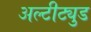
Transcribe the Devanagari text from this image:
अल्टीट्युड